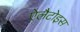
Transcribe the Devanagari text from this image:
ऐलैटोइस